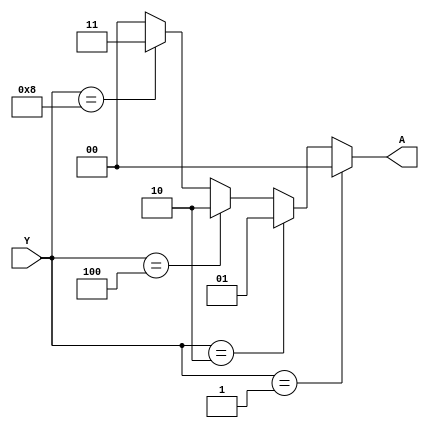
module pri_enc_if
(
    input [3:0] Y,
    output reg [1:0] A
);

always @(*) 
    begin
        if(Y == 4'b0001)
            A = 2'b00;
        else if(Y == 4'b0010)
            A = 2'b01;
        else if(Y == 4'b0100)
            A = 2'b10;
        else if(Y == 4'b1000)
            A = 2'b11;
        else
            A = 2'b00;
    end
endmodule